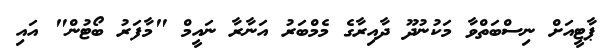
ޕާޓީއަށް ނިސްބަތްވާ މަކުނުދޫ ދާއިރާގެ މެމްބަރު އަނާރާ ނައީމް "މާފަރު ބޯޓުން" އައި